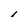
Character: l